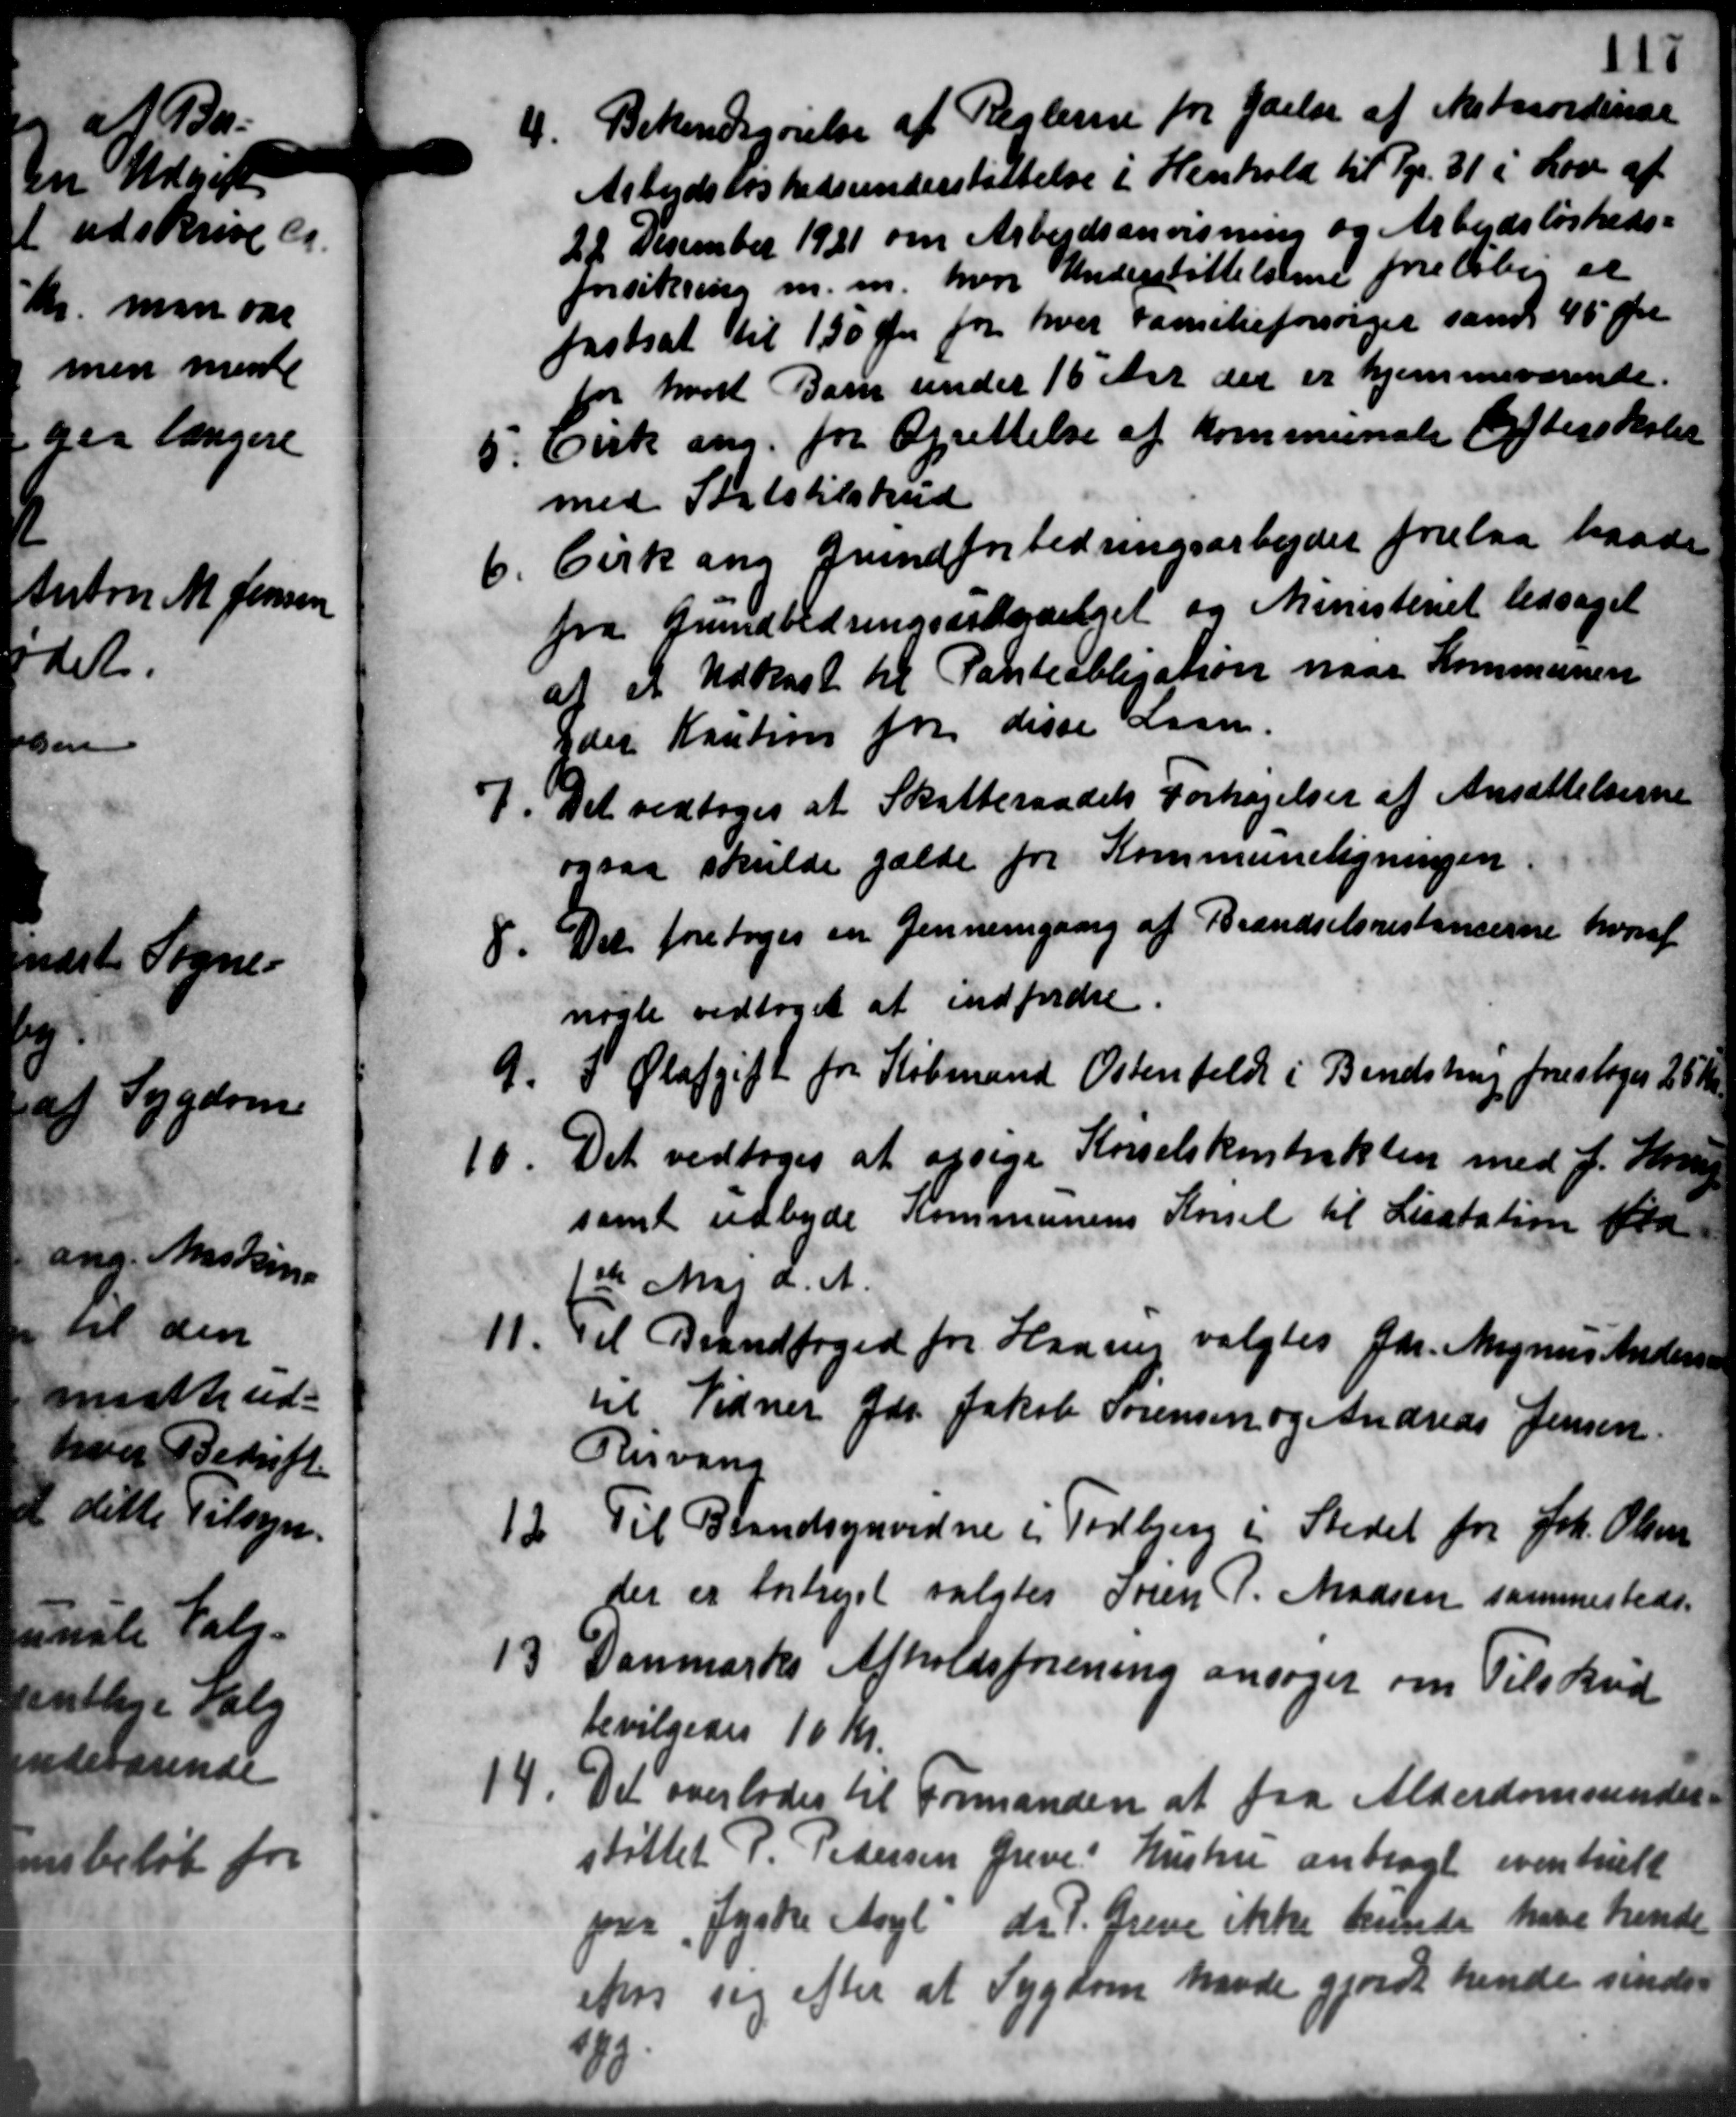
Transskription:
e

4. Bekendtgørelse af Reglerne for Ydelse af ekstraordinær
4. Bekendtgørelse af Reglerne for Ydelse af ekstraordinær
Arbejdsløshedsunderstøttelse i Henhold til pr. 31 i Lov af
22 December 1921 om Arbejdsanvisning og Arbejdsløsheds-
forsikring m. m. hvor Understøttelsene foreløbig et
fastsat til 1,50 Øre for hver Familieforsørger samt 45 Øre
for hvort Barn under 15 Aar der er hjemmeværende.
5. Cirk ang. for Oprettelse af Kommunale Efterskolen
5. Cirk ang. for Oprettelse af Kommunale Efterskolen
med Statstilskud
1.
Cirk ang Grundforbedringsarbejdet forelaa baade
fra Grundbedringsssbevilget og Ministeriet ledsaget
at et Udkast til Panteobligation naar Kommunen
Eder Kaution for disse Laan.

Det vedtoges at Skatteraadets Forhøjelser af Ansættelserne
ogsaa skulde gælde for Kommuneligningen
.Der foretoges en gennemgaag af Brændselsrestancerne hvoraf
.Der foretoges en gennemgaag af Brændselsrestancerne hvoraf
nogle vedtoges at indfordre
9. I Olafgift for Købmand Ostenfeldt i Bendstrup foreslager 25 Kr.
9. I Olafgift for Købmand Ostenfeldt i Bendstrup foreslager 25 Kr.
6. Det vedtoges at opsige Kørselskontrakten med J. Horup
6. Det vedtoges at opsige Kørselskontrakten med J. Horup
samt udbyde Kommunens Kørsel til Licitation fra
1ste Maj d. A.

11. Til Brandfoged for Hansen valgtes Gdr. Magnus Andersen
til Vidner Gdr. Jakob Sørensen og Andreas Jensen
Risvang

Til Brandsynvidne i Todbjerg i Stedet for Joh. Olsen
der er forhøjet valgtes Søren P. Madsen sammesteds.
3 Danmarks Afholdsforening ansøger om Tilskud
3 Danmarks Afholdsforening ansøger om Tilskud
bevilgedes 10 Kr.
14
Det overlodes til Formanden at faa Alderdomsunder-
støttet P. Pedersen Greve Hustru anbragt eventuelt
pra Jyske Aage dr. P. Greve ikke kunde have hende
efter sig efter at Sygdom havde gjordt hende sinde=